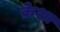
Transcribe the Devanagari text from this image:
क्रेशा